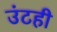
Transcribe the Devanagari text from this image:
उंटही